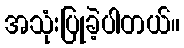
အသုံးပြုခဲ့ပါတယ်။